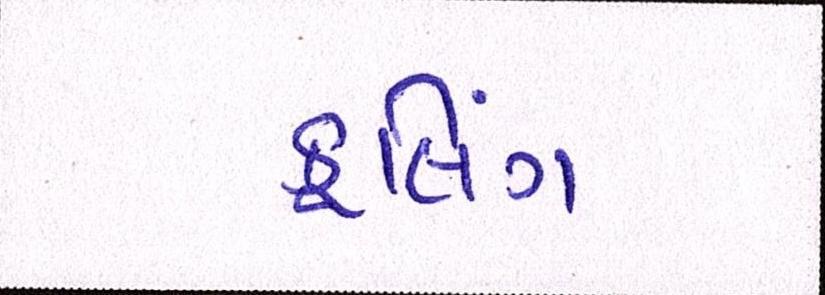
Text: કૂલિંગ